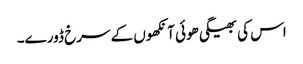
اس کی بھیگی ھوئی آنکھوں کے سرخ ڈورے۔